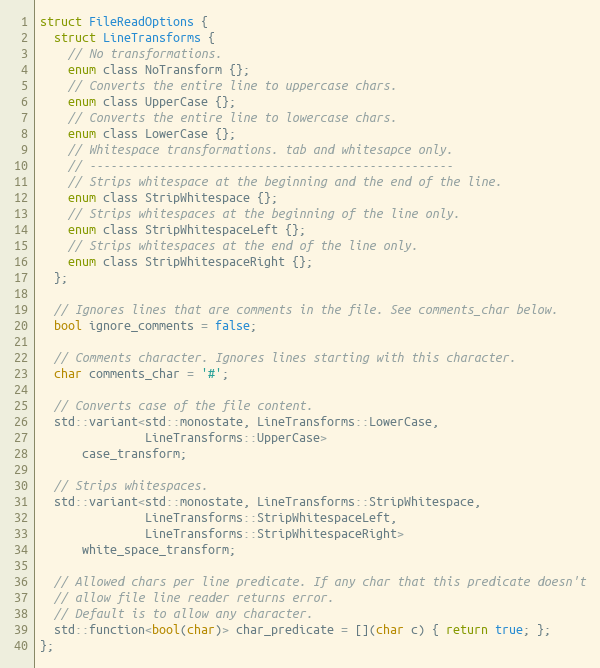
Language: C
struct FileReadOptions {
  struct LineTransforms {
    // No transformations.
    enum class NoTransform {};
    // Converts the entire line to uppercase chars.
    enum class UpperCase {};
    // Converts the entire line to lowercase chars.
    enum class LowerCase {};
    // Whitespace transformations. tab and whitesapce only.
    // ----------------------------------------------------
    // Strips whitespace at the beginning and the end of the line.
    enum class StripWhitespace {};
    // Strips whitespaces at the beginning of the line only.
    enum class StripWhitespaceLeft {};
    // Strips whitespaces at the end of the line only.
    enum class StripWhitespaceRight {};
  };

  // Ignores lines that are comments in the file. See comments_char below.
  bool ignore_comments = false;

  // Comments character. Ignores lines starting with this character.
  char comments_char = '#';

  // Converts case of the file content.
  std::variant<std::monostate, LineTransforms::LowerCase,
               LineTransforms::UpperCase>
      case_transform;

  // Strips whitespaces.
  std::variant<std::monostate, LineTransforms::StripWhitespace,
               LineTransforms::StripWhitespaceLeft,
               LineTransforms::StripWhitespaceRight>
      white_space_transform;

  // Allowed chars per line predicate. If any char that this predicate doesn't
  // allow file line reader returns error.
  // Default is to allow any character.
  std::function<bool(char)> char_predicate = [](char c) { return true; };
};